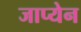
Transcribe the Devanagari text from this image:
जाप्येन